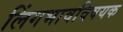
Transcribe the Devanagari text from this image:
लिंगभावविषयक